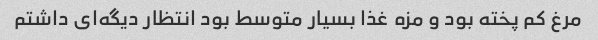
مرغ کم پخته بود و مزه غذا بسیار متوسط بود انتظار دیگه‌ای داشتم